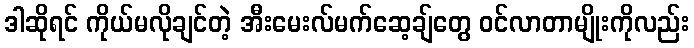
ဒါဆိုရင် ကိုယ်မလိုချင်တဲ့ အီးမေးလ်မက်ဆေ့ချ်တွေ ဝင်လာတာမျိုးကိုလည်း